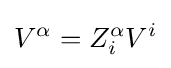
V^{\alpha }=Z_{i}^{\alpha }V^{i}